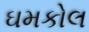
ઘમકોલ